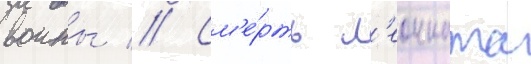
воины // См'е́рть л'еонната